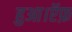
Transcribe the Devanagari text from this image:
हुआ।ऍफ़